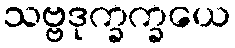
သဗ္ဗဒုက္ခက္ခယေ